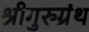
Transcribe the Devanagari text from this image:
श्रीगुरुग्रंथ